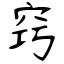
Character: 窍